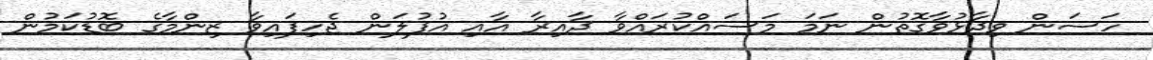
ހަސަން ވިދާޅުވާގޮތުން ނަމަ މަސައްކުރައްވާ ދާއިރާ އާއި އުފުލަން ޖެހިފައިވާ ޒިންމާގެ ބޮޑުކަމުން